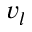
v _ { l }